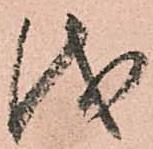
儀